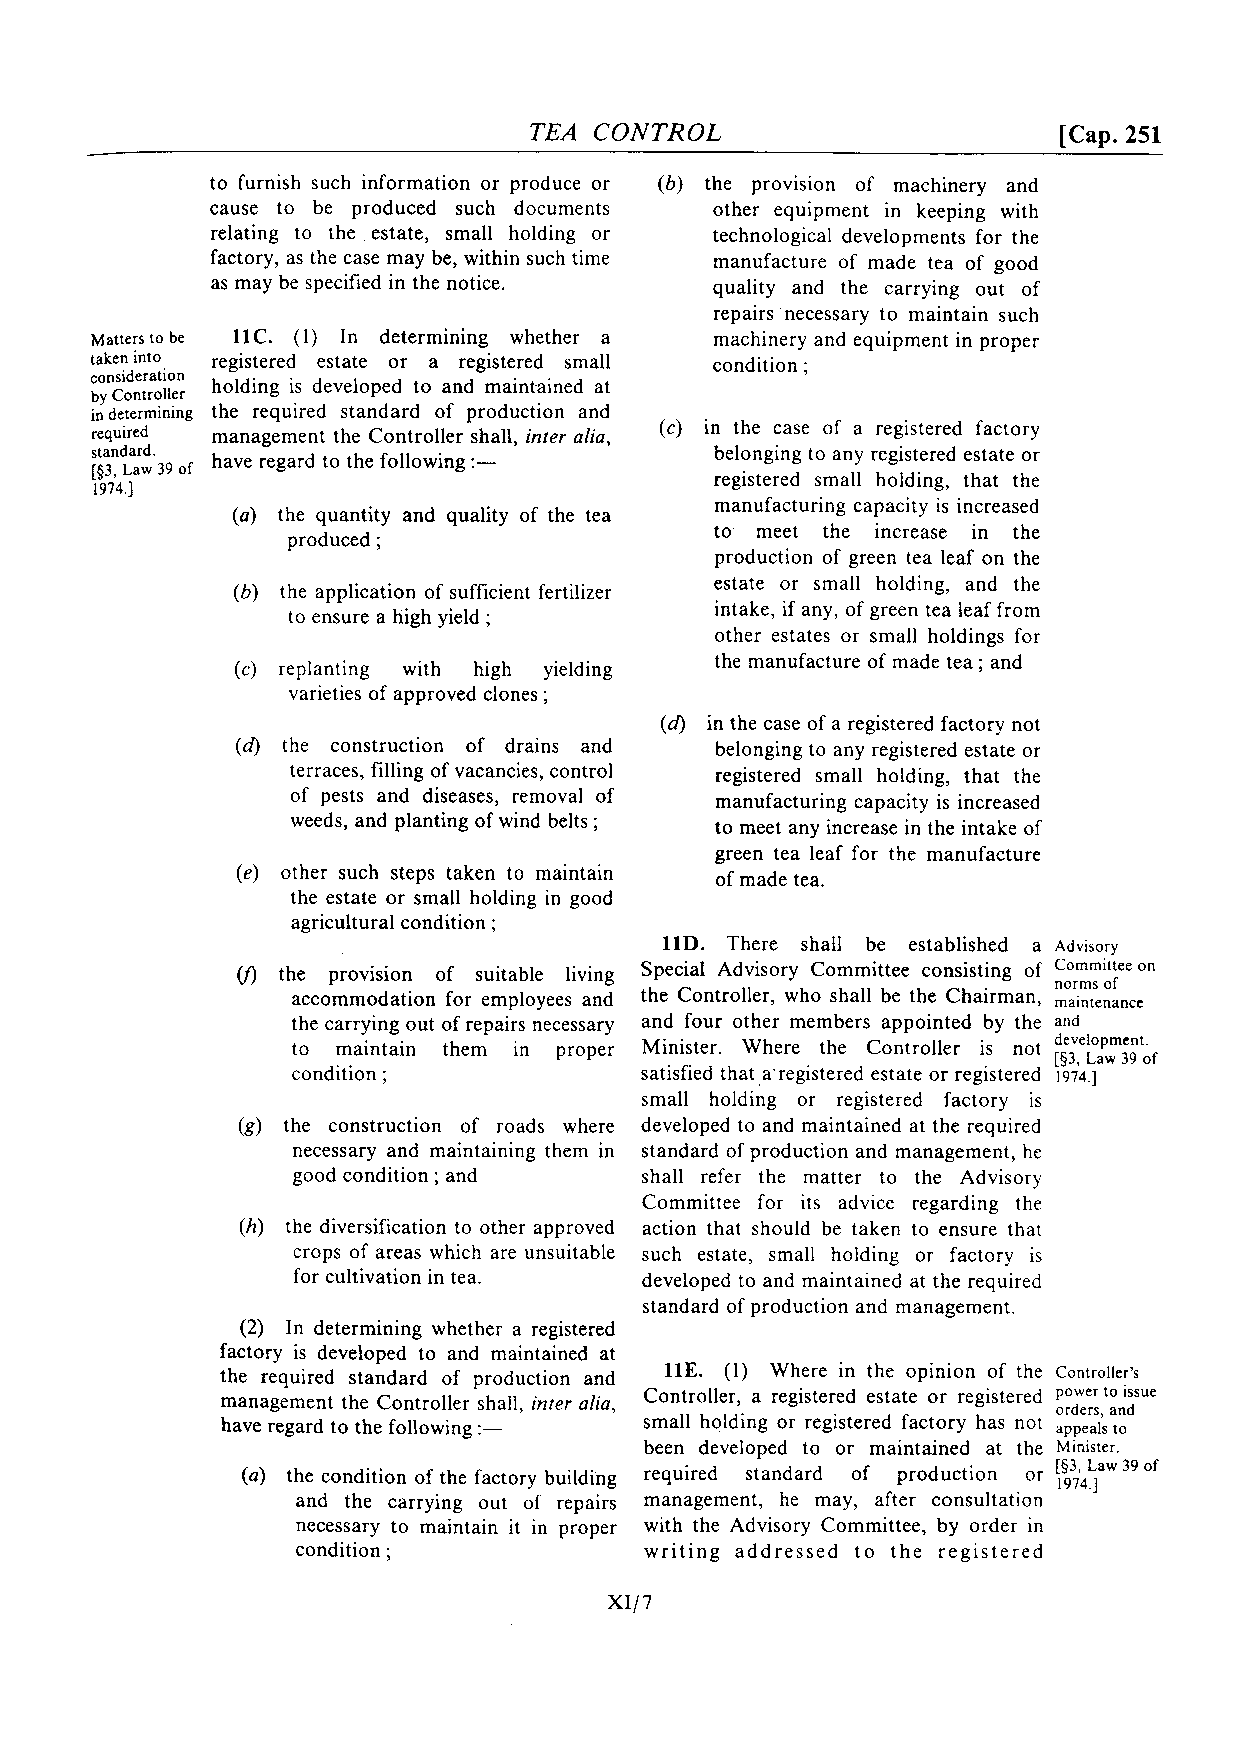
TEA CONTROL                        [Cap. 251
 to furnish such information or produce or (6) the provision of machinery and
 cause to be produced such documents other equipment in keeping with
 relating to the estate, small holding or technological developments for the
 factory, as the case may be, within such time manufacture of made tea of good
 as may be specified in the notice. quality and the carrying out of
 repairs necessary to maintain such
 Matters to be 11C. (1) In determining whether a machinery and equipment in proper
 taken into registered estate or a registered small condition ;
 consideration
 holding is developed to and maintained at
 by Controller
 in determining the required standard of production and
 required management the Controller shall, inter alia, (c) in the case of a registered factory
 standard.                                belonging to any registered estate or
 have regard to the following :-
 [$3, Law 39 of
 registered small holding, that the
 1974.1
 manufacturing capacity is increased
 (a) the quantity and quality of the tea
 to meet the increase in the
 produced ;
 production of green tea leaf on the
 estate or small holding, and the
 (b) the application of sufficient fertilizer
 intake, if any, of green tea leaf from
 to ensure a high yield ;
 other estates or small holdings for
 the manufacture of made tea ; and
 (c) replanting with high yielding
 varieties of approved clones ;
 (4 in the case of a registered factory not
 (6) the construction of drains and belonging to any registered estate or
 terraces, filling of vacancies, control registered small holding, that the
 of pests and diseases, removal of manufacturing capacity is increased
 weeds, and planting of wind belts ; to meet any increase in the intake of
 green tea leaf for the manufacture
 (e) other such steps taken to maintain of made tea.
 the estate or small holding in good
 agricultural condition ;
 11D. There shall be established a Advisory
 V) the provision of suitable living Special Advisory Committee consisting of On
 norms of
 accommodation for employees and the Controller, who shall be the Chairman, ma~nt,,an,,
 the carrying out of repairs necessary and four other members appointed by the and
 ~ ~ ~ ~ ~ , ~ , " ~ ~ ; a b ~
 to maintain them in proper Minister. Where the Controller is not
 condition ;            satisfied that a'registered estate or registered 1974.1
 small holding or registered factory is
 (g) the construction of roads where developed to and maintained at the required
 necessary and maintaining them in standard of production and management, he
 good condition ; and    shall refer the matter to the Advisory
 Committee for its advice regarding the
 (h) the diversification to other approved action that should be taken to ensure that
 crops of areas which are unsuitable such estate, small holding or factory is
 for cultivation in tea. developed to and maintained at the required
 standard of production and management.
 (2) In determining whether a registered
 factory is developed to and maintained at
 the required standard of production and 11E. (1) Where in the opinion of the Controller's
 management the Controller shall, inter alia, Controller, a registered estate or registered power issue
 orders, and
 have regard to the following :- small holding or registered factory has not appeals to
 been developed to or maintained at the Minister.
 [§3, Law 39 of
 (a) the condition of the factory building required standard of production or 1974,1
 and the carrying out of repairs management, he may, after consultation
 necessary to maintain it in proper with the Advisory Committee, by order in
 condition ;            writing addressed to the registered